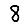
Digit: 8